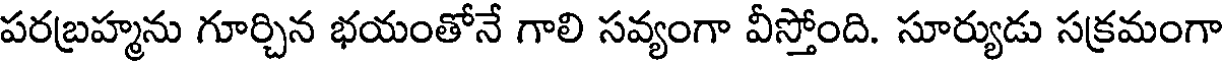
పరబ్రహ్మను గూర్చిన భయంతోనే గాలి సవ్యంగా వీస్తోంది. సూర్యుడు సక్రమంగా